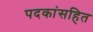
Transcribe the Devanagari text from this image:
पदकांसहित